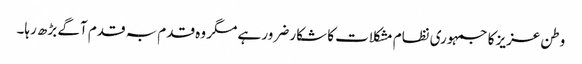
وطن عزیز کا جمہوری نظام مشکلات کا شکار ضرور ہے مگر وہ قدم بہ قدم آگے بڑھ رہا۔